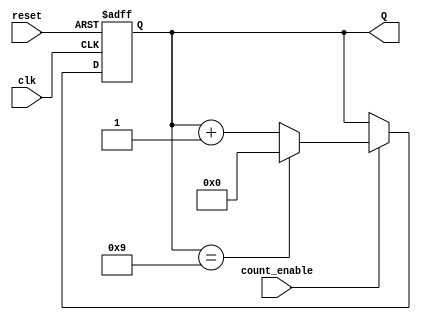
module BCD_Asynchronous_Counter (
    input wire clk,              // Clock signal
    input wire reset,            // Asynchronous reset
    input wire count_enable,     // Count enable signal
    output reg [3:0] Q           // 4-bit output for BCD counter
);

    // Asynchronous reset and counting logic
    always @(posedge clk or posedge reset) begin
        if (reset) begin
            Q <= 4'b0000; // Reset to 0
        end else if (count_enable) begin
            if (Q == 4'b1001) begin
                Q <= 4'b0000; // Reset to 0 if counter reaches 9
            end else begin
                Q <= Q + 1'b1; // Increment counter
            end
        end
    end

endmodule